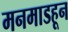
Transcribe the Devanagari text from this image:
मनमाडहून